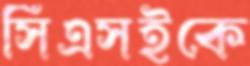
সিএসইকে